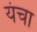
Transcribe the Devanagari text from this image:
यंचा